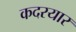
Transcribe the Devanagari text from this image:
कदरयार